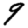
Digit: 9